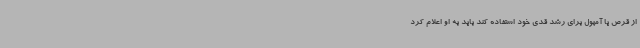
از قرص یا آمپول برای رشد قدی خود استفاده کند باید به او اعلام کرد